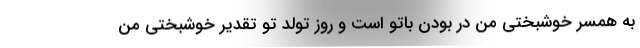
به همسر خوشبختی من در بودن باتو است و روز تولد تو تقدیر خوشبختی من